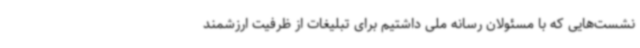
نشست‌هایی که با مسئولان رسانه ملی داشتیم برای تبلیغات از ظرفیت ارزشمند